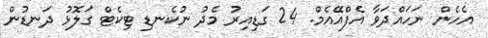
އެހެން ނަހައްދަވާ އެފްއޭއެމް. 24 ގަޑިއިރު މެދު ނުކެނޑި ޓިކެޓް ގަލޮޅު ދަނޑުން